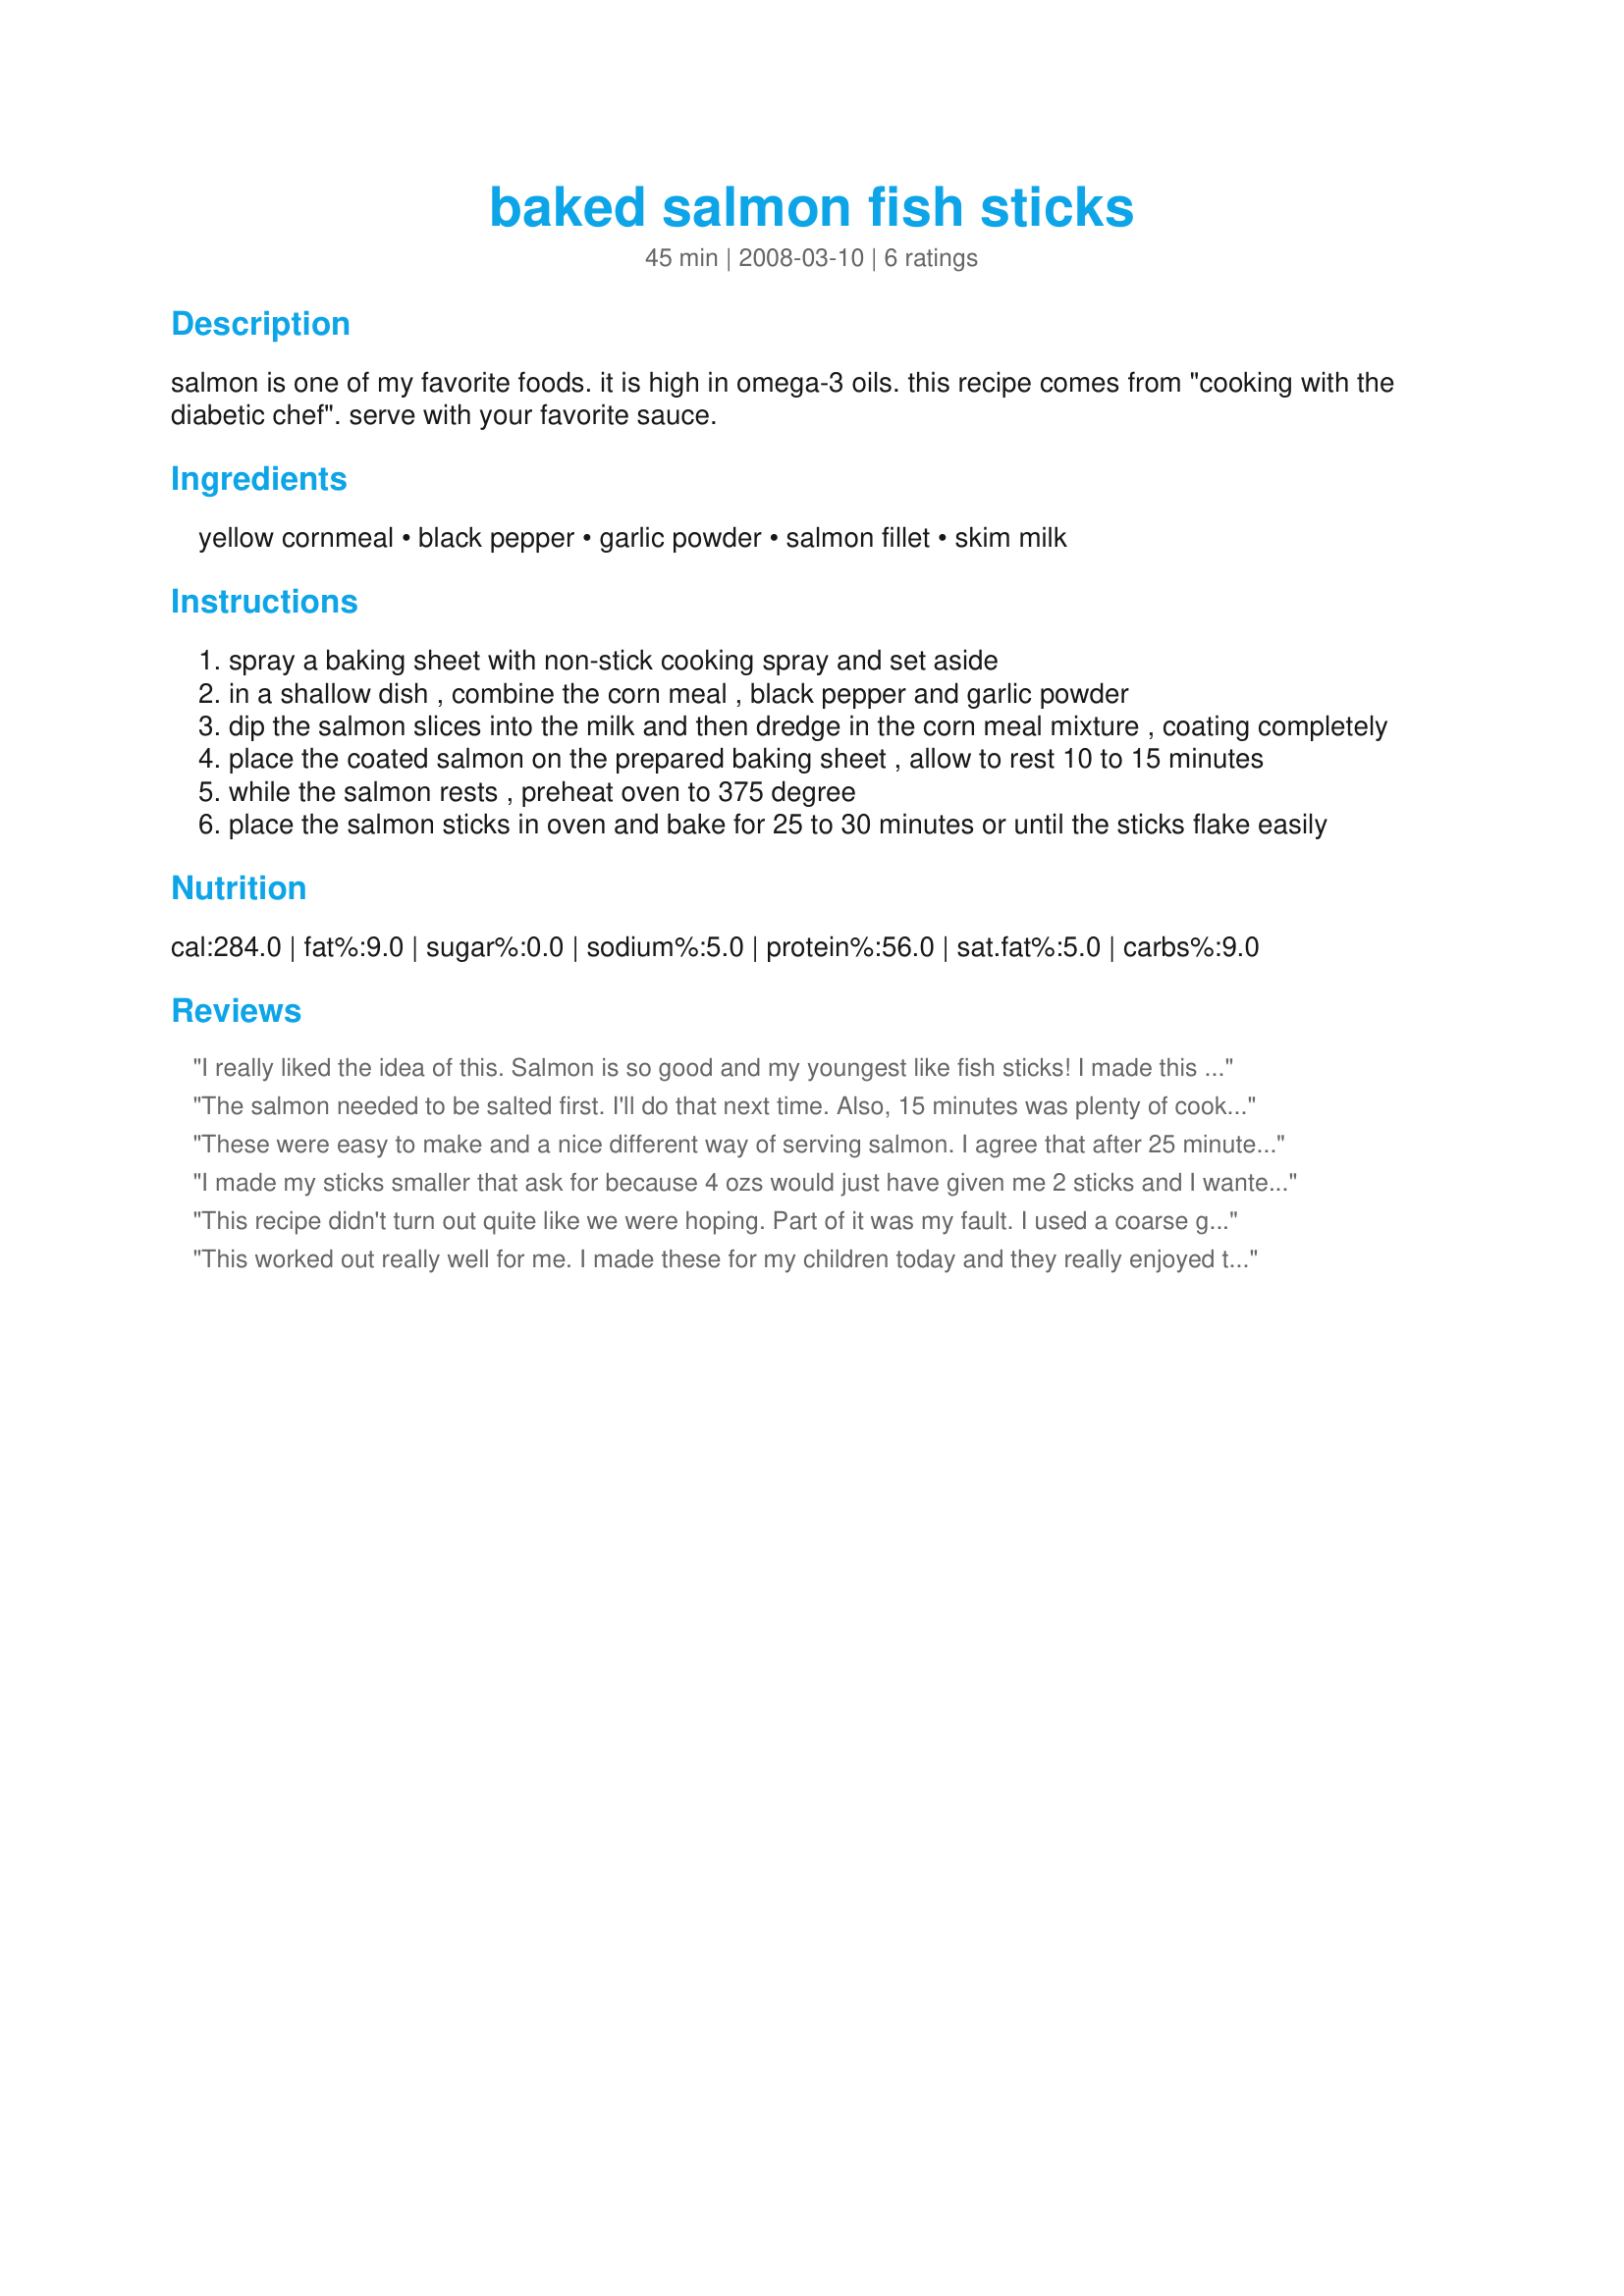
baked salmon fish sticks
Preparation time: 45 minutes

salmon is one of my favorite foods. it is high in omega-3 oils. this recipe comes from "cooking with the diabetic chef". serve with your favorite sauce.

Ingredients:
yellow cornmeal, black pepper, garlic powder, salmon fillet, skim milk

Steps:
spray a baking sheet with non-stick cooking spray and set aside
in a shallow dish , combine the corn meal , black pepper and garlic powder
dip the salmon slices into the milk and then dredge in the corn meal mixture , coating completely
place the coated salmon on the prepared baking sheet , allow to rest 10 to 15 minutes
while the salmon rests , preheat oven to 375 degree
place the salmon sticks in oven and bake for 25 to 30 minutes or until the sticks flake easily

Reviews:
I really liked the idea of this. Salmon is so good and my youngest like fish sticks! I made this as directed but only cooked them for about 12 minutes and they were done. I would cook them even less next time. Personally, I would add a bit more garlic powder and pepper. There is also enough coating for this recipe to coat twice as much fish! We enjoyed these with Recipe #304533 and Recipe #425369. Made for my teammate for ZWT6. Thanks PaulaG! :)
The salmon needed to be salted first. I'll do that next time. Also, 15 minutes was plenty of cook time. Good with a homemade lemon dill aoli.
These were easy to make and a nice different way of serving salmon. I agree that after 25 minutes that mine were a bit overcooked but that is easily fixed next time. I made a home made tartar sauce and they were great for dipping. Made for PAC Fall 2009.
I made my sticks smaller that ask for because 4 ozs would just have given me 2 sticks and I wanted to feel like I had more. The flavor is really good with the garlic and pepper. My only suggestion is to NOT cut them as small as I did because when they are done they aren't at all brown and when they brown up some they are overcooked. Follow the recipe and you should be just fine, lol. I would also suggest a dipping sauce because fish sticks just seem to scream for it. I WILL be making these again but they will be larger next time. I use salmon a lot and a different way to do it is very welcome. Thanks Paula. Made for Photo Tag
This recipe didn't turn out quite like we were hoping. Part of it was my fault. I used a coarse ground cornmeal which made the outside too crunchy. But also, it was a little peppery for our tastes. And we felt the salmon was overcooked when baked for 25 minutes. We'd like to try this again because it was easy to prepare and it has great potential. Thank you for posting! Reviewed for ZWT4.
This worked out really well for me. I made these for my children today and they really enjoyed them. I used a whole grain corn meal which was probably more coarse than the recipe intends, but it was fine. I already had the oven on at 425 for something else, so I just cooked the salmon sticks for 20 minutes and they were just right. I cut down the amount of pepper, but otherwise I think the seasoning was good - just needed a few pinches of salt. Made for ZWT6.
